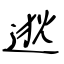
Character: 逖